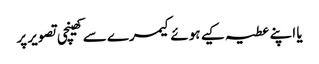
یا اپنے عطیہ کیے ہوئے کیمرے سے کھینچی تصویر پر